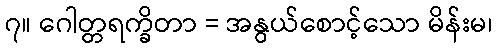
၇။ ဂေါတ္တရက္ခိတာ = အနွယ်စောင့်သော မိန်းမ၊